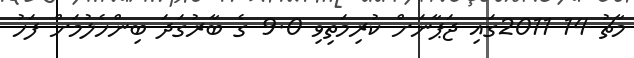
މާޗު 14 2011ގައި ޖަޕާނަށް ކުރިމަތިވި 9.0 ގެ ބާރުގަދަ ބިންހެލުމަށް ފަހު